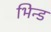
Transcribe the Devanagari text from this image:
भिन्ड